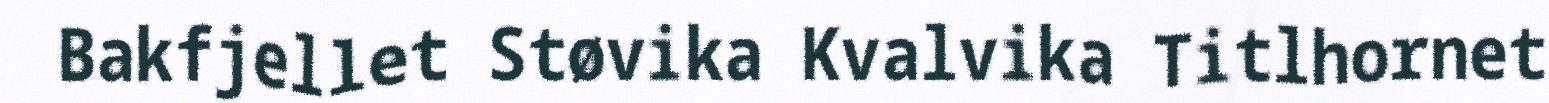
Bakfjellet Støvika Kvalvika Titlhornet